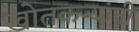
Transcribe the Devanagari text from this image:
खोतकर्‍यांनी